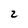
Character: z